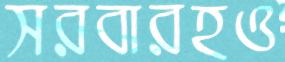
সরবারহও